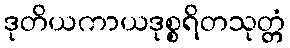
ဒုတိယကာယဒုစ္စရိတသုတ္တံ